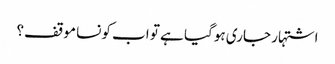
اشتہار جاری ہوگیا ہے تو اب کونسا موقف؟